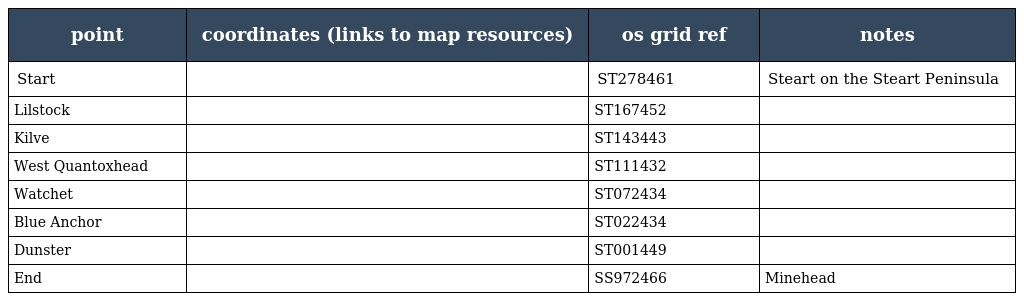
| point | coordinates (links to map resources) | os grid ref | notes |
 | --- | --- | --- | --- |
 | Start |  | ST278461 | Steart on the Steart Peninsula |
 | Lilstock |  | ST167452 |  |
 | Kilve |  | ST143443 |  |
 | West Quantoxhead |  | ST111432 |  |
 | Watchet |  | ST072434 |  |
 | Blue Anchor |  | ST022434 |  |
 | Dunster |  | ST001449 |  |
 | End |  | SS972466 | Minehead |